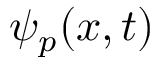
\psi _ { p } ( x , t )